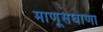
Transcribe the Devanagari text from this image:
माणूसघाणा